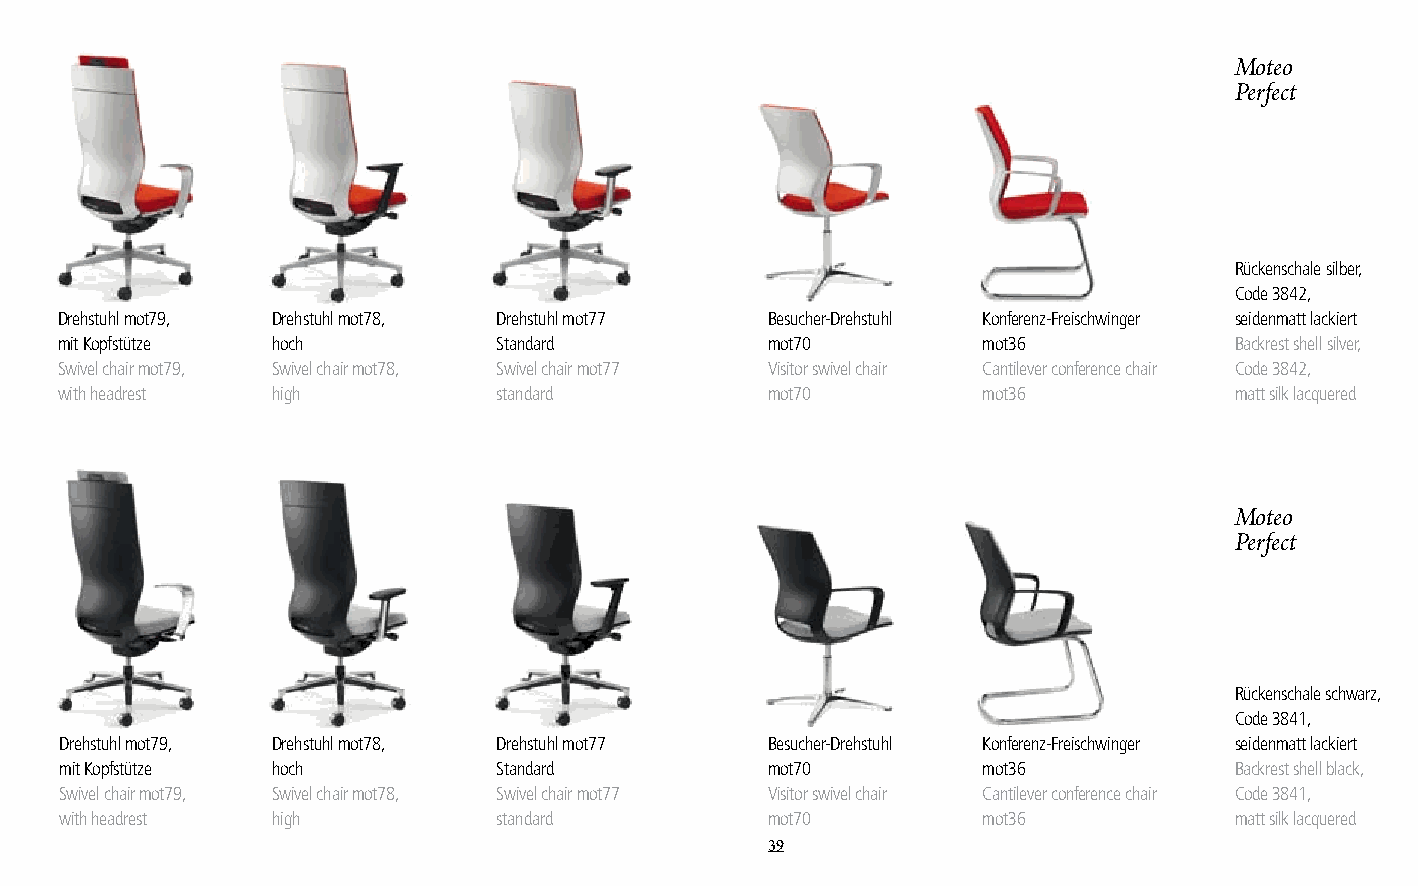
Moteo
 Perfect
 Rückenschale silber,
 Code 3842,
 Drehstuhl mot79, Drehstuhl mot78, Drehstuhl mot77 Besucher-Drehstuhl Konferenz-Freischwinger seidenmatt lackiert
 mit Kopfstütze hoch          Standard          mot70         mot36            Backrest shell silver,
 Swivel chair mot79, Swivel chair mot78, Swivel chair mot77 Visitor swivel chair Cantilever conference chair Code 3842,
 with headrest high           standard          mot70         mot36            matt silk lacquered
 Moteo
 Perfect
 Rückenschale schwarz,
 Code 3841,
 Drehstuhl mot79, Drehstuhl mot78, Drehstuhl mot77 Besucher-Drehstuhl Konferenz-Freischwinger seidenmatt lackiert
 mit Kopfstütze hoch          Standard          mot70         mot36            Backrest shell black,
 Swivel chair mot79, Swivel chair mot78, Swivel chair mot77 Visitor swivel chair Cantilever conference chair Code 3841,
 with headrest high           standard          mot70         mot36            matt silk lacquered
 39